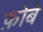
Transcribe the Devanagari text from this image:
फ़ोबे